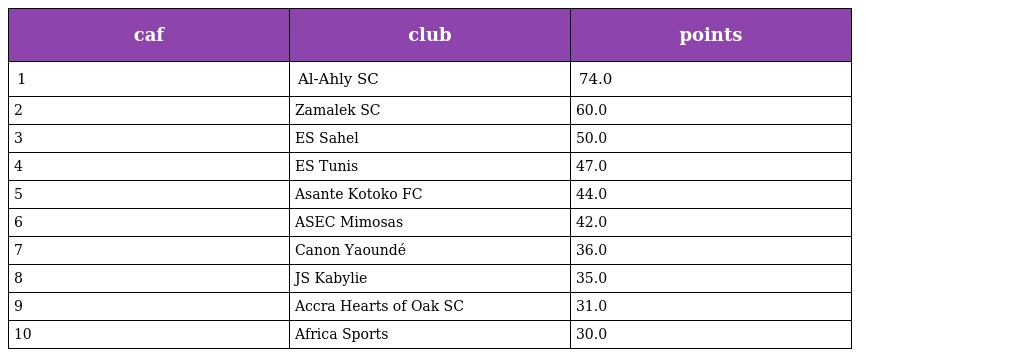
| caf | club | points |
 | --- | --- | --- |
 | 1 | Al-Ahly SC | 74.0 |
 | 2 | Zamalek SC | 60.0 |
 | 3 | ES Sahel | 50.0 |
 | 4 | ES Tunis | 47.0 |
 | 5 | Asante Kotoko FC | 44.0 |
 | 6 | ASEC Mimosas | 42.0 |
 | 7 | Canon Yaoundé | 36.0 |
 | 8 | JS Kabylie | 35.0 |
 | 9 | Accra Hearts of Oak SC | 31.0 |
 | 10 | Africa Sports | 30.0 |